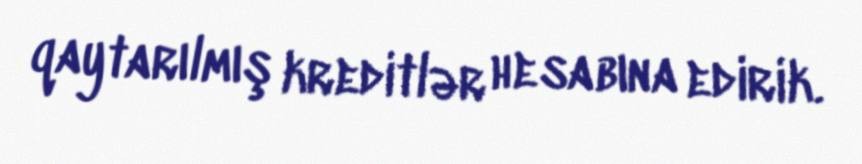
qaytarılmış kreditlər hesabına edirik.